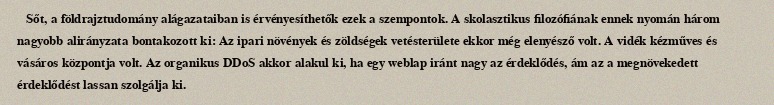
Sőt, a földrajztudomány alágazataiban is érvényesíthetők ezek a szempontok. A skolasztikus filozófiának ennek nyomán három nagyobb alirányzata bontakozott ki: Az ipari növények és zöldségek vetésterülete ekkor még elenyésző volt. A vidék kézműves és vásáros központja volt. Az organikus DDoS akkor alakul ki, ha egy weblap iránt nagy az érdeklődés, ám az a megnövekedett érdeklődést lassan szolgálja ki.